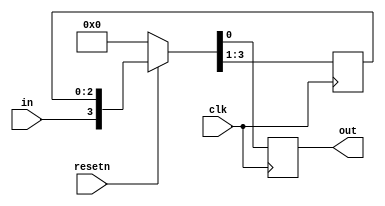
module top_module (
    input clk,
    input resetn,   // synchronous reset
    input in,
    output out);
	
    reg [2:0] q;
    always@(posedge clk)begin
        if(~resetn)
        {q[2:0],out} <= 0;
        else
        {q[2:0],out} <= {in , q[2:0]};
    end
endmodule